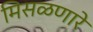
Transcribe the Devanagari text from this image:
मिसळणारे